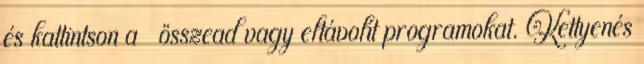
és kattintson a → összead vagy eltávolít programokat. Kettyenés